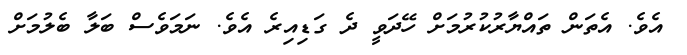
އެވެ. އެތަން ތައްޔާރުކުރުމަށް ހޭދަވީ ދެ ގަޑިއިރެ އެވެ. ނަމަވެސް ބަލާ ބެލުމަށް